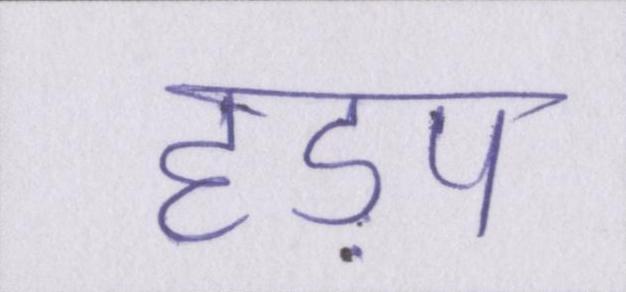
हड़प